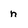
Character: n